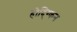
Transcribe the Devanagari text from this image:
होद्ग्किन